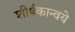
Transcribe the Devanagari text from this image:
शीर्षकान्वये